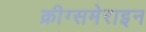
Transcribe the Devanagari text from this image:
क्रीग्समेराइन